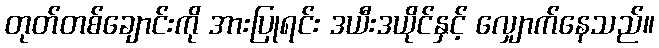
တုတ်တစ်ချောင်းကို အားပြုရင်း ဒယီးဒယိုင်နှင့် လျှောက်နေသည်။